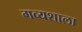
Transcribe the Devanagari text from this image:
गव्यशाला